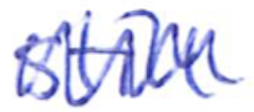
Text: still
Cross-out: mix
Writing tool: ballpoint